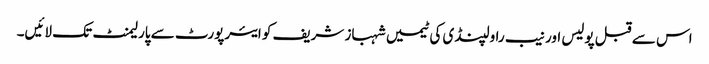
اس سے قبل پولیس اور نیب راولپنڈی کی ٹیمیں شہباز شریف کو ایئرپورٹ سے پارلیمنٹ تک لائیں۔